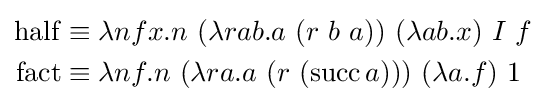
{\begin{aligned}\operatorname {half} &\equiv \lambda nfx.n\ (\lambda rab.a\ (r\ b\ a))\ (\lambda ab.x)\ I\ f\\\operatorname {fact} &\equiv \lambda nf.n\ (\lambda ra.a\ (r\ (\operatorname {succ} a)))\ (\lambda a.f)\ 1\end{aligned}}